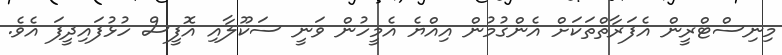
މިނިސްޓްރީން އެފަރާތްތަކަށް އެންގުމުން އިއްޔެ އެމީހުން ވަނީ ސަކޫލާއި އޮފީސް ހުޅުފައިދީފަ އެވެ.